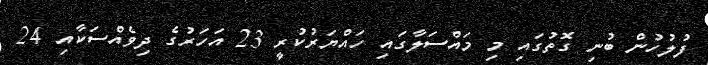
ފުލުހުން ބުނި ގޮތުގައި މި މައްސަލާގައި ހައްޔަރުކުރީ 23 އަހަރުގެ ދިވެއްސަކާއި 24